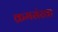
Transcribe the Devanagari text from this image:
क्रमसंखा